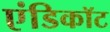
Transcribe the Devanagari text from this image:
एंडिकॉट